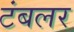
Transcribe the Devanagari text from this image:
टंबलर